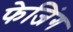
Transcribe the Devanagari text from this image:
फेजिंग